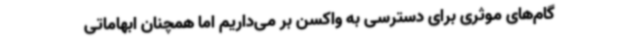
گام‌های موثری برای دسترسی به واکسن بر می‌داریم اما همچنان ابهاماتی